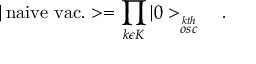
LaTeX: | \, \mathrm { n a i v e \ v a c . } > = \prod _ { k \epsilon K } | 0 > _ { \stackrel { k t h } { o s c } } \ \ \ .